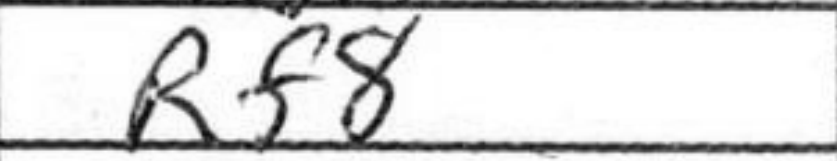
Transcription: Rf8